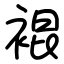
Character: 裩